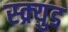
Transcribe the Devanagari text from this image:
स्क्र्युड